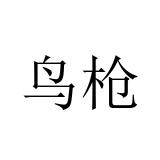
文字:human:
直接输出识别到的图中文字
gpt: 鸟枪